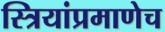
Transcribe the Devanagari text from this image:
स्त्रियांप्रमाणेच